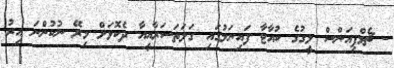
- ޗެމްޕިއަންސް ލީގުގެ ކުއާޓާ ފައިނަލުގައި ގަލަތަސަރާއީއާ ދެކޮޅަށް މިރޭ ނުކުންނަ އިރު